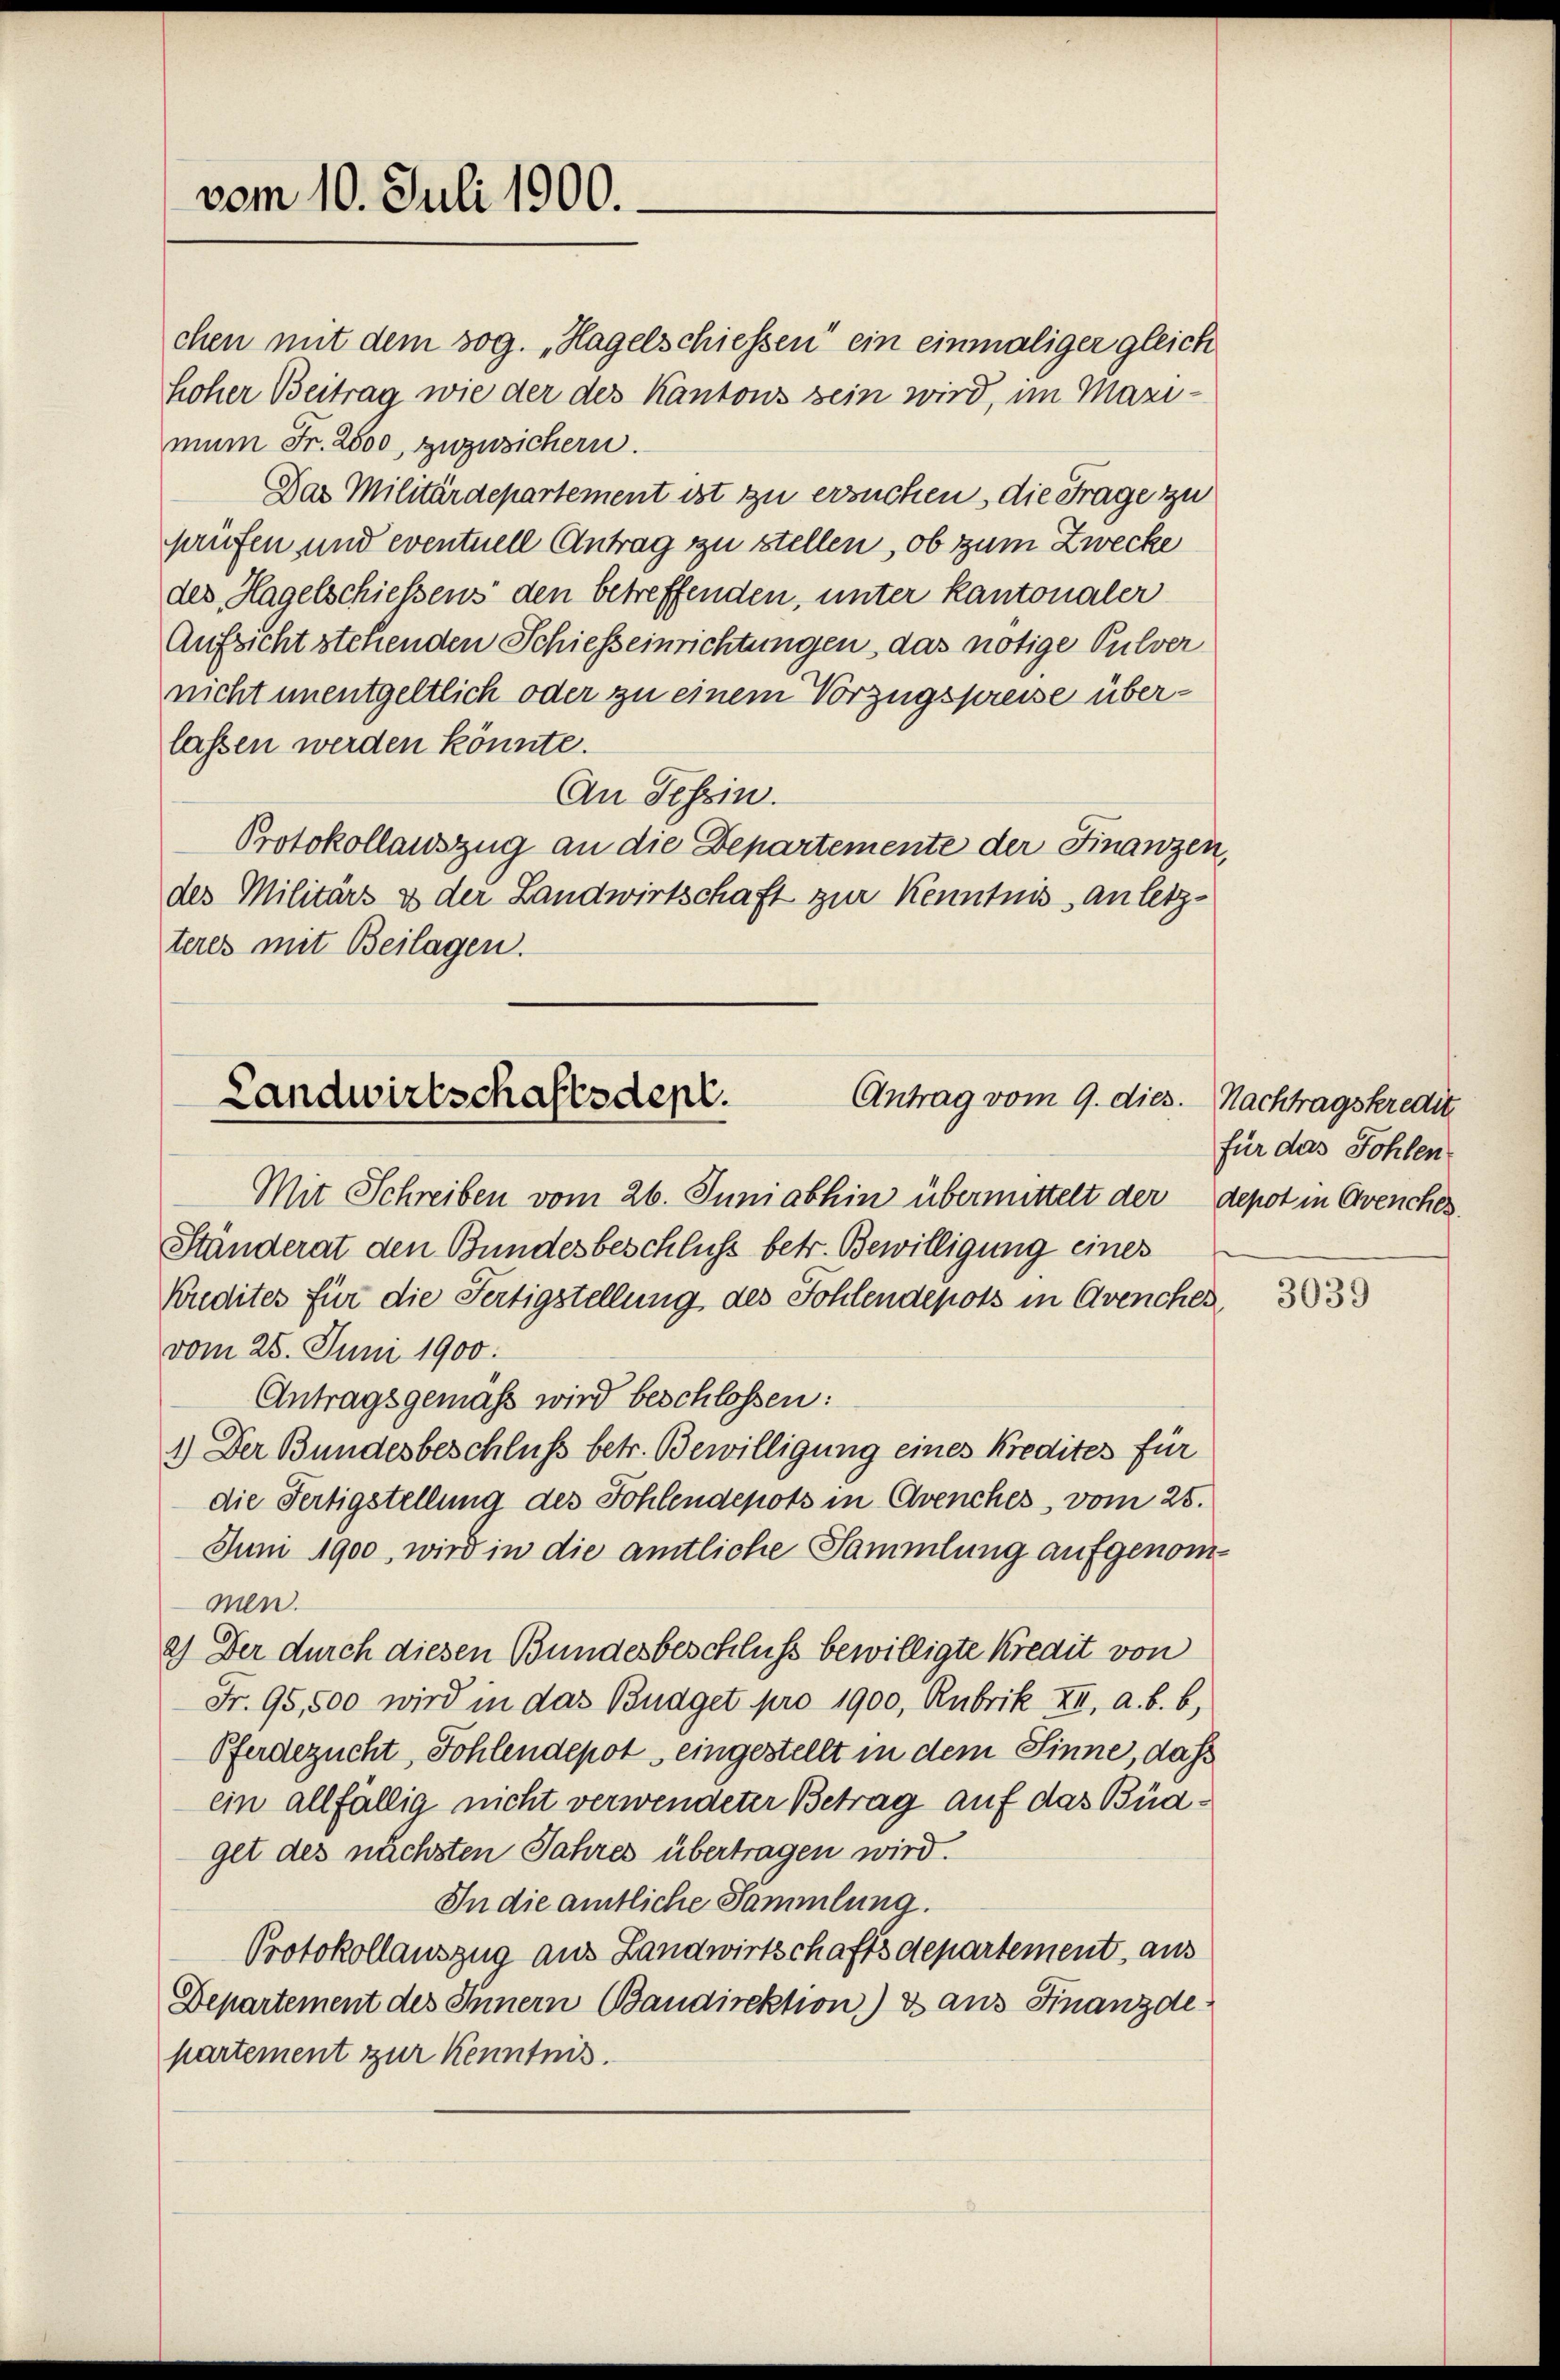
vom 10. Juli 1900.

hoher Beitrag wie der des Kantons sein wird, im Maximun Fr. 2500, zuzusichern.
Das Militärdepartement ist zu ersuchen, die Frage zu
prüfen und eventuell Antrag zu stellen, ob zum Zwecke
des Hagelschiessens den betreffenden, unter kantonaler
Aufsicht stehenden Schiesseinrichtungen, das nötige Pulver
nicht unentgeltlich oder zu einem Vorzugspreise überlassen werden könnte.
An Tessin.
Protokollauszug an die Departemente der Finanzen
des Militärs & der Landwirtschaft zur Kenntnis an letzteres mit Beilagen.

chen mit dem sog. „Hagelschiessen“ ein einmaliger gleich

Mit Schreiben vom 26. Juniabhin übermittelt der depot in Avenches.
Ständerat den Bundesbeschluss betr. Bewilligung eines
Kredites für die Fertigstellung des Fohlendepots in Avenches,
vom 25. Juni 1900.
Antragsgemäß wird beschlossen:
1.) Der Bundesbeschluss betr. Bewilligung eines Kredites für
die Fertigstellung des Fohlendepots in Avenches, vom 25.
Juni 1900, wird in die amtliche Sammlung aufgenommen.
2.) Der durch diesen Bundesbeschluß bewilligte Kredit von
Fr. 95,500 wird in das Budget pro 1900, Rubrik XI, a. b. b,
Pferdezucht, Sohlendepot eingestellt in dem Sinne, dass
ein allfällig nicht verwendeter Betrag auf das Büdget des nächsten Jahres übertragen wird.
In die amtliche Sammlung.
Protokollauszug aus Landwirtschaftsdepartement, aus
Departement des Innern Baudirektion) ds aus Finanzde
partement zur Kenntnis.

Landwirtschaftsdepl.
Antrag vom 9. dies. Nachtragskredit

für das Sohlen.

3039